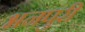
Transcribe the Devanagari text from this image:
भनपुरी